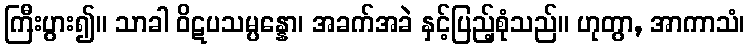
ကြီးပွား၍။ သာခါ ဝိဋပသမ္ပန္နော၊ အခက်အခဲ နှင့်ပြည့်စုံသည်။ ဟုတွာ, အာကာသံ၊